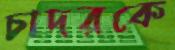
চাদরকে